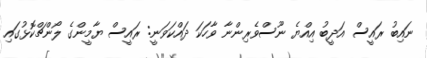
ނައިބު ރައީސް އަދީބު އިއްޔެ ނޫސްވެރިންނާ ވާހަކަ ދައްކަވަނީ: ރައީސް ޔާމީންގެ ލޯންޗްކޮޅުގައި